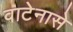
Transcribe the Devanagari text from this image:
वाटेनासे